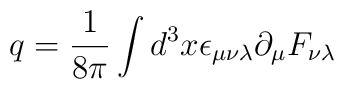
q = \frac{1}{8 \pi} \int d^3 x \epsilon_{\mu \nu \lambda} \partial_{\mu}F_{\nu \lambda}